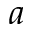
a